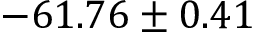
- 6 1 . 7 6 \pm 0 . 4 1